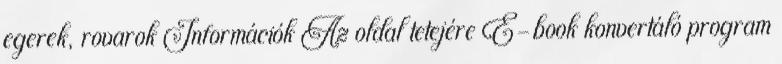
egerek, rovarok Információk Az oldal tetejére E-book konvertáló program